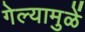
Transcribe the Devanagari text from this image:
गेल्यामुळें